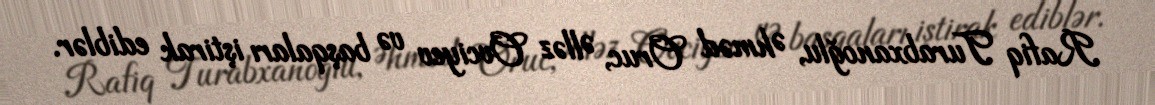
Rafiq Turabxanoğlu, Əhməd Oruc, Əlləz Ovciyev və başqaları iştirak ediblər.